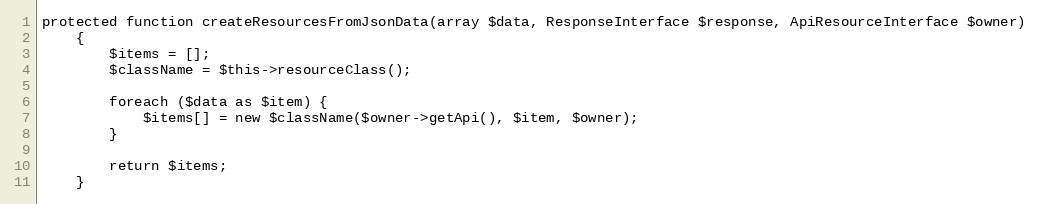
Language: PHP
protected function createResourcesFromJsonData(array $data, ResponseInterface $response, ApiResourceInterface $owner)
    {
        $items = [];
        $className = $this->resourceClass();

        foreach ($data as $item) {
            $items[] = new $className($owner->getApi(), $item, $owner);
        }

        return $items;
    }